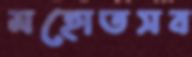
মহোতসব